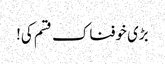
بڑی خوفناک قسم کی!